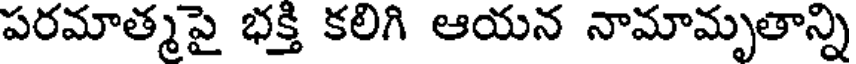
పరమాత్మపై భక్తి కలిగి ఆయన నామామృతాన్ని